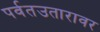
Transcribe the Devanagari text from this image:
पर्वतउतारावर